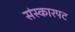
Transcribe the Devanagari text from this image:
संस्कारपट